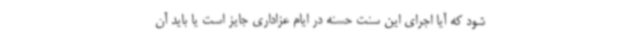
شود که آیا اجرای این سنت حسنه در ایام عزاداری جایز است یا باید آن